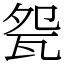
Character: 㼝